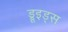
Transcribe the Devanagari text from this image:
ड्रूइड्स